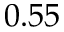
0 . 5 5